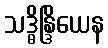
သဒ္ဓိန္ဒြိယေန